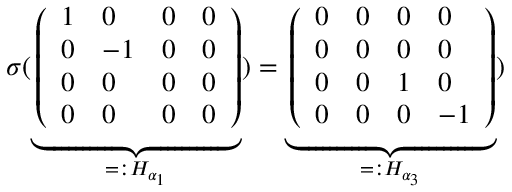
\sigma ( \underbrace { \left( \begin{array} { l l l l } { 1 } & { 0 } & { 0 } & { 0 } \\ { 0 } & { - 1 } & { 0 } & { 0 } \\ { 0 } & { 0 } & { 0 } & { 0 } \\ { 0 } & { 0 } & { 0 } & { 0 } \end{array} \right) } _ { = : H _ { \alpha _ { 1 } } } ) = \underbrace { \left( \begin{array} { l l l l } { 0 } & { 0 } & { 0 } & { 0 } \\ { 0 } & { 0 } & { 0 } & { 0 } \\ { 0 } & { 0 } & { 1 } & { 0 } \\ { 0 } & { 0 } & { 0 } & { - 1 } \end{array} \right) } _ { = : H _ { \alpha _ { 3 } } } )